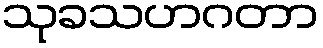
သုခသဟဂတာ